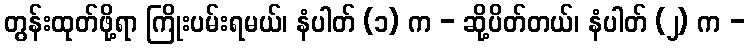
တွန်းထုတ်ဖို့ရာ ကြိုးပမ်းရမယ်၊ နံပါတ် (၁) က - ဆို့ပိတ်တယ်၊ နံပါတ် (၂) က -